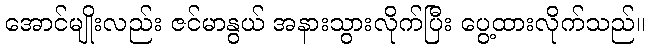
အောင်မျိုးလည်း ဇင်မာနွယ် အနားသွားလိုက်ပြီး ပွေ့ထားလိုက်သည်။